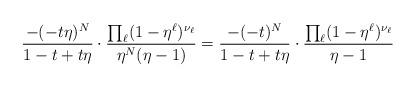
LaTeX: \begin{align*}\frac{-(-t\eta)^N}{1-t+t\eta}\cdot\frac{\prod_{\ell}(1-\eta^{\ell})^{\nu_{\ell}}}{\eta^N(\eta-1)}=\frac{-(-t)^N}{1-t+t\eta}\cdot\frac{\prod_{\ell}(1-\eta^{\ell})^{\nu_{\ell}}}{\eta-1}\end{align*}